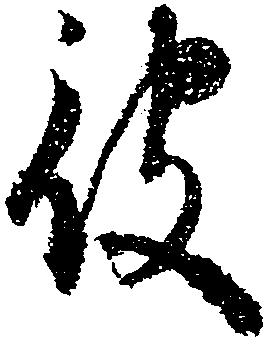
被